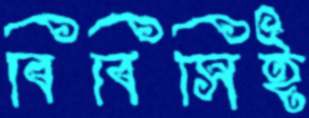
বিবিসিই